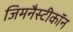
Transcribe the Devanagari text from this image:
जिमनैस्टीकॉन